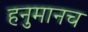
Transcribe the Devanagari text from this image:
हनुमानच